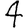
Digit: 4